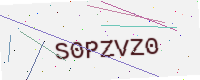
Text: S0PZVZ0